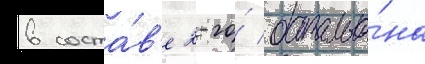
в соста́в'е 2-го́ батальо́на